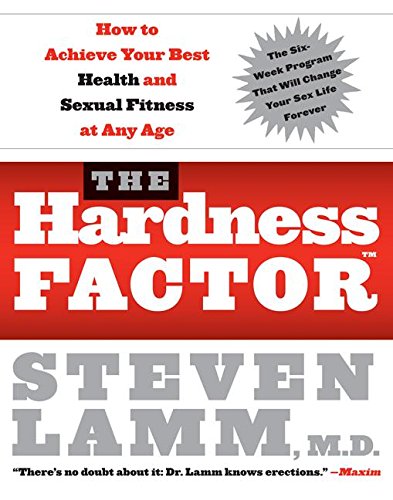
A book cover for The Hardness Factor (TM): How to Achieve Your Best Health and Sexual Fitness at Any Age; Steven Lamm; Health, Fitness & Dieting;